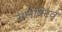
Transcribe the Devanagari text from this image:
सलेक्टिव